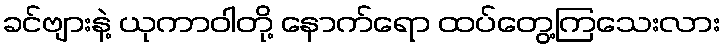
ခင်ဗျားနဲ့ ယုကာဝါတို့ နောက်ရော ထပ်တွေ့ကြသေးလား